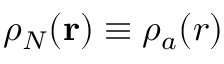
\rho _ { N } ( \mathbf { r } ) \equiv \rho _ { a } ( r )